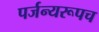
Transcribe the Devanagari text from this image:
पर्जन्यरूपच